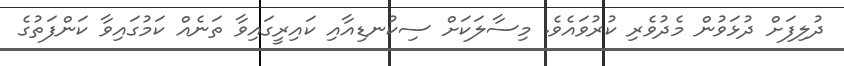
ދުލިފަށް ދުޅަވުން މެދުވެރި ކުރުވައެވެ. މިސާލަކަށް ސިކުނޑިއާއި ކައިރީގައިވާ ތަނެއް ކަމުގައިވާ ކަންފަތުގެ